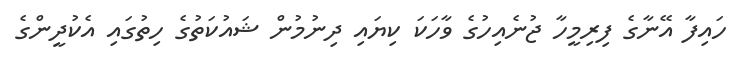
ހައިފާ އޭނާގެ ފިރިމީހާ ޖުނެއިހުގެ ވާހަކަ ކިޔައި ދިނުމުން ޝައުކަތުގެ ހިތުގައި އެކުދީންގެ